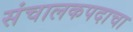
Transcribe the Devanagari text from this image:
संचालकपदाचा